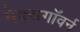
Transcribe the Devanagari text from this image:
मेक्सगॉवर्न